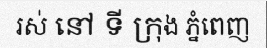
រស់ នៅ ទី ក្រុង ភ្នំពេញ